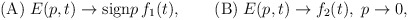
\begin{align*}{\rm (A) }\; E(p,t)\to{\rm sign } p\,f_1(t), \qquad {\rm (B) } \;E(p,t)\to f_2(t),\; p\to0,\end{align*}